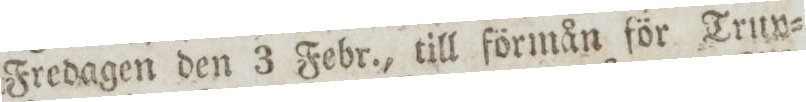
Fredagen den 3 Febr., till förmån för Truv=